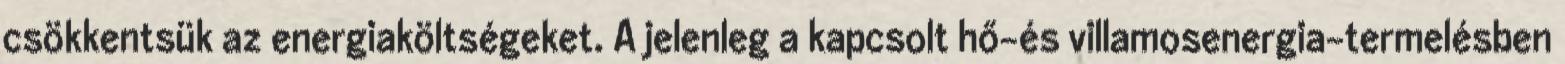
csökkentsük az energiaköltségeket. A jelenleg a kapcsolt hő-és villamosenergia-termelésben